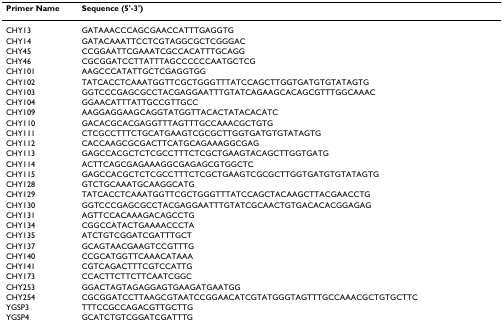
| Primer Name | Sequence (5'-3') |
 | --- | --- |
 | CHY13 | GATAAACCCAGCGAACCATTTGAGGTG |
 | CHY14 | GATACAAATTCCTCGTAGGCGCTCGGGAC |
 | CHY45 | CCGGAATTCGAAATCGCCACATTTGCAGG |
 | CHY46 | CGCGGATCCTTATTTAGCCCCCCAATGCTCG |
 | CHY101 | AAGCCCATATTGCTCGAGGTGG |
 | CHY102 | TATCACCTCAAATGGTTCGCTGGGTTTATCCAGCTTGGTGATGTGTATAGTG |
 | CHY103 | GGTCCCGAGCGCCTACGAGGAATTTGTATCAGAAGCACAGCGTTTGGCAAAC |
 | CHY104 | GGAACATTTATTGCCGTTGCC |
 | CHY109 | AAGGAGGAAGCAGGTATGGTTACACTATACACATC |
 | CHY110 | GACACGCACGAGGTTTAGTTTGCCAAACGCTGTG |
 | CHY111 | CTCGCCTTTCTGCATGAAGTCGCGCTTGGTGATGTGTATAGTG |
 | CHY112 | CACCAAGCGCGACTTCATGCAGAAAGGCGAG |
 | CHY113 | GAGCCACGCTCTCGCCTTTCTCGCTGAAGTACAGCTTGGTGATG |
 | CHY114 | ACTTCAGCGAGAAAGGCGAGAGCGTGGCTC |
 | CHY115 | GAGCCACGCTCTCGCCTTTCTCGCTGAAGTCGCGCTTGGTGATGTGTATAGTG |
 | CHY128 | GTCTGCAAATGCAAGGCATG |
 | CHY129 | TATCACCTCAAATGGTTCGCTGGGTTTATCCAGCTACAAGCTTACGAACCTG |
 | CHY130 | GGTCCCGAGCGCCTACGAGGAATTTGTATCGCAACTGTGACACACGGAGAG |
 | CHY131 | AGTTCCACAAAGACAGCCTG |
 | CHY134 | CGGCCATACTGAAAACCCTA |
 | CHY135 | ATCTGTCGGATCGATTTGCT |
 | CHY137 | GCAGTAACGAAGTCCGTTTG |
 | CHY140 | CCGCATGGTTCAAACATAAA |
 | CHY141 | CGTCAGACTTTCGTCCATTG |
 | CHY173 | CCACTTCTTCTTCAATCGGC |
 | CHY253 | GGACTAGTAGAGGAGTGAAGATGAATGG |
 | CHY254 | CGCGGATCCTTAAGCGTAATCCGGAACATCGTATGGGTAGTTTGCCAAACGCTGTGCTTC |
 | YGSP3 | TTTCCGCCAGACGTTGCTTG |
 | YGSP4 | GCATCTGTCGGATCGATTTG |